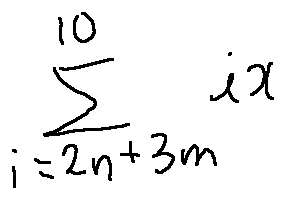
\sum \limits _ { i = 2 n + 3 m } ^ { 1 0 } i x